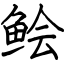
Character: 鲙